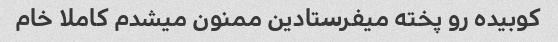
کوبیده رو پخته میفرستادین ممنون میشدم کاملا خام